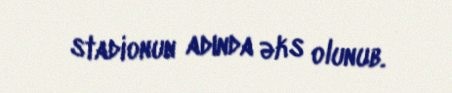
stadionun adında əks olunub.